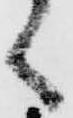
く